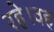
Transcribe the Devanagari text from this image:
रहे।वह